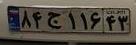
۸۴ج۱۱۶۴۳